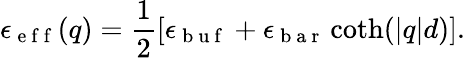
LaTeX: \epsilon_{\mathrm{~e~f~f~}}(q)=\frac{1}{2}\left[\epsilon_{\mathrm{~b~u~f~}}+\epsilon_{\mathrm{~b~a~r~}}\coth(|q|d)\right].